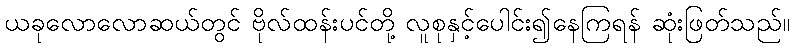
ယခုလောလောဆယ်တွင် ဗိုလ်ထန်းပင်တို့ လူစုနှင့်ပေါင်း၍နေကြရန် ဆုံးဖြတ်သည်။